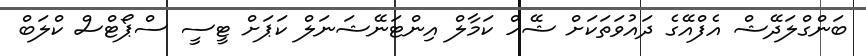
ބަންގްލަދޭޝް އެފްއޭގެ ދައުވަތަކަށް ޝޭހް ކަމާލް އިންޓަނޭޝަނަލް ކަޕަށް ޓީސީ ސްޕޯޓްސް ކްލަބް